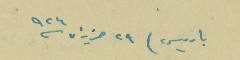
باريس) ٢٩ حزيران /٩٢٤